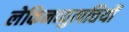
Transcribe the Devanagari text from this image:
लेकिनव्युत्पत्तियों